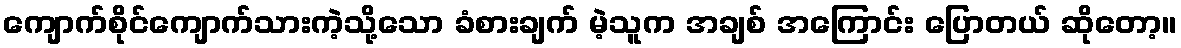
ကျောက်စိုင်ကျောက်သားကဲ့သို့သော ခံစားချက် မဲ့သူက အချစ် အကြောင်း ပြောတယ် ဆိုတော့။